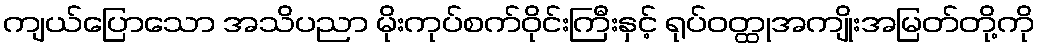
ကျယ်ပြောသော အသိပညာ မိုးကုပ်စက်ဝိုင်းကြီးနှင့် ရုပ်ဝတ္ထုအကျိုးအမြတ်တို့ကို